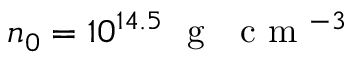
n _ { 0 } = 1 0 ^ { 1 4 . 5 } ~ \mathrm { ~ g ~ ~ ~ c ~ m ~ } ^ { - 3 }